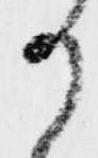
か